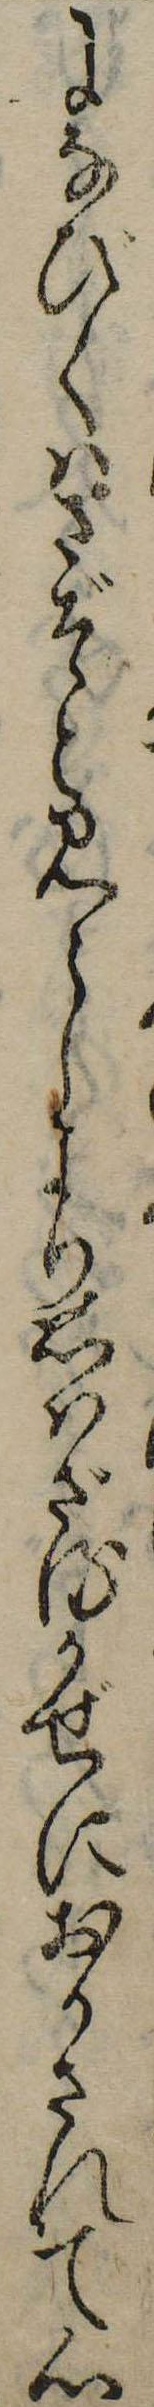
になびくはさぞと見えしより思はざるかぜにおかされて心